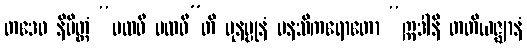
တဒေဝ နိမိတ္တံ “ပထဝီ ပထဝီ”တိ ပုနပ္ပုနံ မနသိကရောတော “ဣဒါနိ တတိယဇ္ဈာနံ